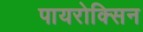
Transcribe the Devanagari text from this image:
पायरोक्सिन